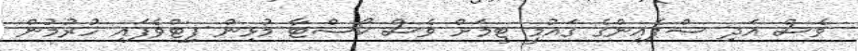
ވެސް އަދި ސްޕެއިންގެ ގައުމީ ޓީމަށް ވެސް ކޯސްޓާ މުޅިން ފިޓްވެފައި ހުރުމުން